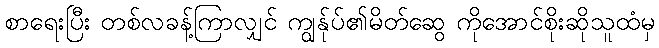
စာရေးပြီး တစ်လခန့်ကြာလျှင် ကျွန်ုပ်၏မိတ်ဆွေ ကိုအောင်စိုးဆိုသူထံမှ